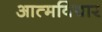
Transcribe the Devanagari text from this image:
आत्मविचार